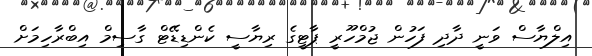
އިލްޔާސް ވަނީ ދާދި ފަހުން ޖުމްހޫރީ ޕާޓީގެ ރިޔާސީ ކެންޑިޑޭޓް ގާސިމް އިބްރާހިމަށް